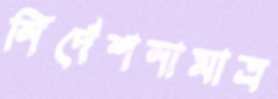
নির্দেশনামাত্র